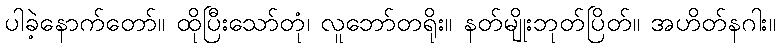
ပါခဲ့နောက်တော်။ ထိုပြီးသော်တုံ၊ လူဘော်တရိုး။ နတ်မျိုးဘုတ်ပြိတ်။ အဟိတ်နဂါး။